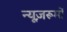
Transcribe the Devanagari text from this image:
न्यूज़रूमों